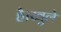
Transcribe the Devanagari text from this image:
है।खुले